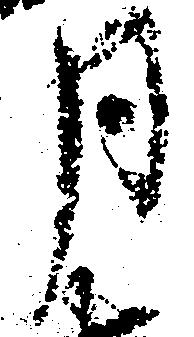
月